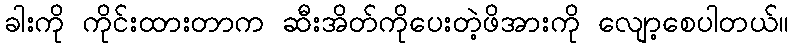
ခါးကို ကိုင်းထားတာက ဆီးအိတ်ကိုပေးတဲ့ဖိအားကို လျော့စေပါတယ်။